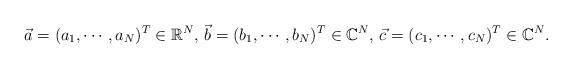
LaTeX: \begin{align*}\vec{a} = (a_1,\cdots, a_N)^{T} \in \mathbb{R}^{N}, \, \vec{b} = (b_1,\cdots, b_N)^{T} \in \mathbb{C}^{N},\, \vec{c} = (c_1,\cdots, c_N)^{T} \in \mathbb{C}^{N}.\end{align*}